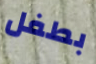
بطفل